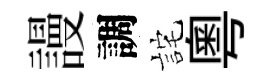
謾調詫粵